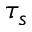
\tau _ { s }